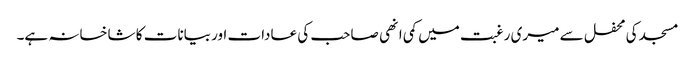
مسجد کی محفل سے میری رغبت میں کمی انھی صاحب کی عادات اور بیانات کا شاخسانہ ہے۔